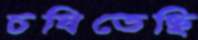
চষিতেছি